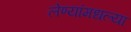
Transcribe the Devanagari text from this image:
लेण्यांमधल्या